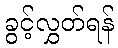
ခွင့်လွှတ်ရန်